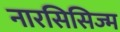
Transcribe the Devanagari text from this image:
नारसिसिज्म